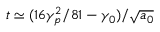
t \simeq ( 1 6 \gamma _ { p } ^ { 2 } / 8 1 - \gamma _ { 0 } ) / \sqrt { a _ { 0 } }